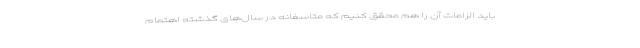
باید الزامات آن را هم محقق کنیم که متاسفانه در سال‌های گذشته اهتمام